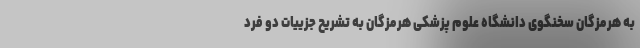
به هرمزگان سخنگوی دانشگاه علوم پزشکی هرمزگان به تشریح جزییات دو فرد